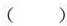
()